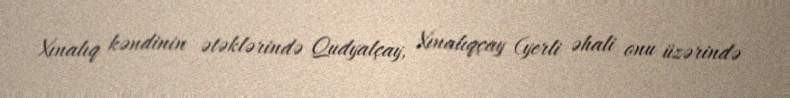
Xınalıq kəndinin ətəklərində Qudyalçay, Xınalıqçay (yerli əhali onu üzərində